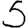
Digit: 5